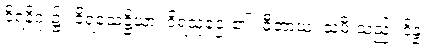
ဝိရနိဂုံး၌။ ဝိရသေဋ္ဌိယာ၊ ဝိရသူဌေး၏။ ဓီတာယ၊ သမီးသည်။ ဒိန္နံ၊